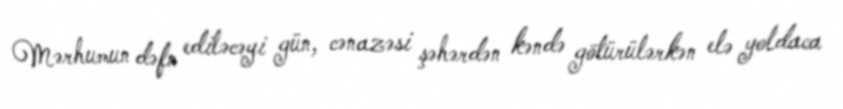
Mərhumun dəfn ediləcəyi gün, cənazəsi şəhərdən kəndə götürülərkən elə yoldaca